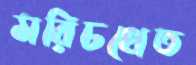
মরিচখেত